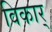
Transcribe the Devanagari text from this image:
विकार्